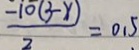
\frac { - 1 0 ( 3 - x ) } { 2 } = 0 . 5